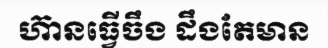
ហ៊ានធ្វើចឹង ដឹងតែមាន